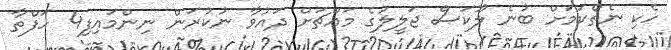
ހެކި ނެތްކަމަށް ބުނެ ލޫކަސް ޖަލީލުގެ މައްޗަށް ދައުވާ ނުކުރަން ނިންމައިފި4 ހަފްތާ